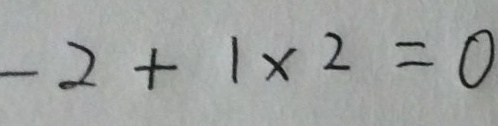
- 2 + 1 \times 2 = 0